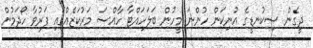
ދީގެން ސިކުނޑީގެ އުނިކަން ހުންނަ މީހުން ބަލަހައްޓާ ހާއްސަ މަރުކަޒެއްގައި ފަރުވާ ހޯދަމުން